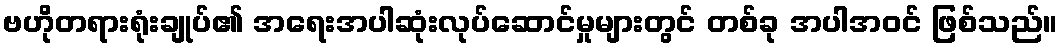
ဗဟိုတရားရုံးချုပ်၏ အရေးအပါဆုံးလုပ်ဆောင်မှုများတွင် တစ်ခု အပါအဝင် ဖြစ်သည်။